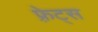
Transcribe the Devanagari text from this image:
फ़्रेट्स